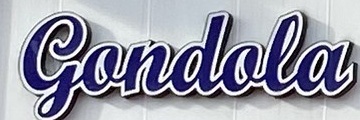
Gandala